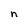
Character: n